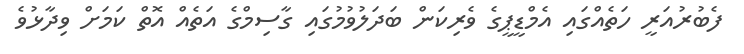
ފެބުރުއަރީ ހަތެއްގައި އެމްޑީޕީގެ ވެރިކަން ބަދަލުވުމުގައި ގާސިމްގެ އަތެއް އޮތް ކަމަށް ވިދާޅުވެ